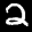
Label: 2